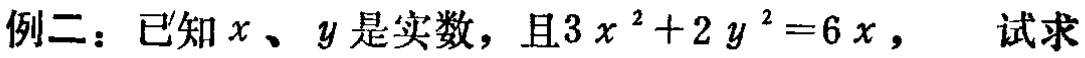
例二：已知\(x、y\)是实数，且\(3x^{2}+2y^{2}=6x\)，试求